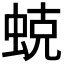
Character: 𱿣